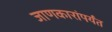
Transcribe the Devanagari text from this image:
जाणकारांपर्यंत